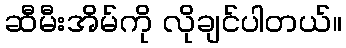
ဆီမီးအိမ်ကို လိုချင်ပါတယ်။